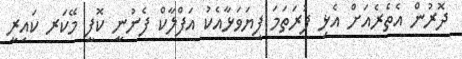
ދޮރުން އެތެރެއަށް އެޅި ފުރަތަމަ ފިޔަވަޅާއެކު އަފްލާކް ފެނުނީ ކޮފީ މޭކަރ ކައިރީ